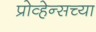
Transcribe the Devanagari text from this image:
प्रोव्हेन्सच्या